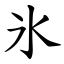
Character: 氷